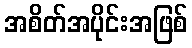
အစိတ်အပိုင်းအဖြစ်